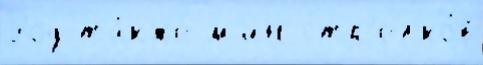
Род та́кже м'ин стр'елко́в